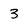
Character: 3